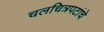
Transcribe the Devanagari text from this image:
चलचित्रपटांचे